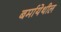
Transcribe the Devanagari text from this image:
बर्मायेथील